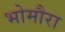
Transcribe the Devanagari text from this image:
भोमौरा